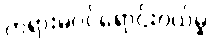
တရားမဝင်ရောင်းဝယ်မှု